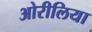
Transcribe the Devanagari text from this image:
ओरीलिया